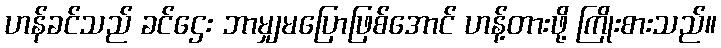
ဟန်ခင်သည် ခင်ဌေး ဘာမျှမပြောဖြစ်အောင် ဟန့်တားဖို့ ကြိုးစားသည်။